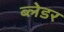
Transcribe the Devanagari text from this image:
ब्लेडर